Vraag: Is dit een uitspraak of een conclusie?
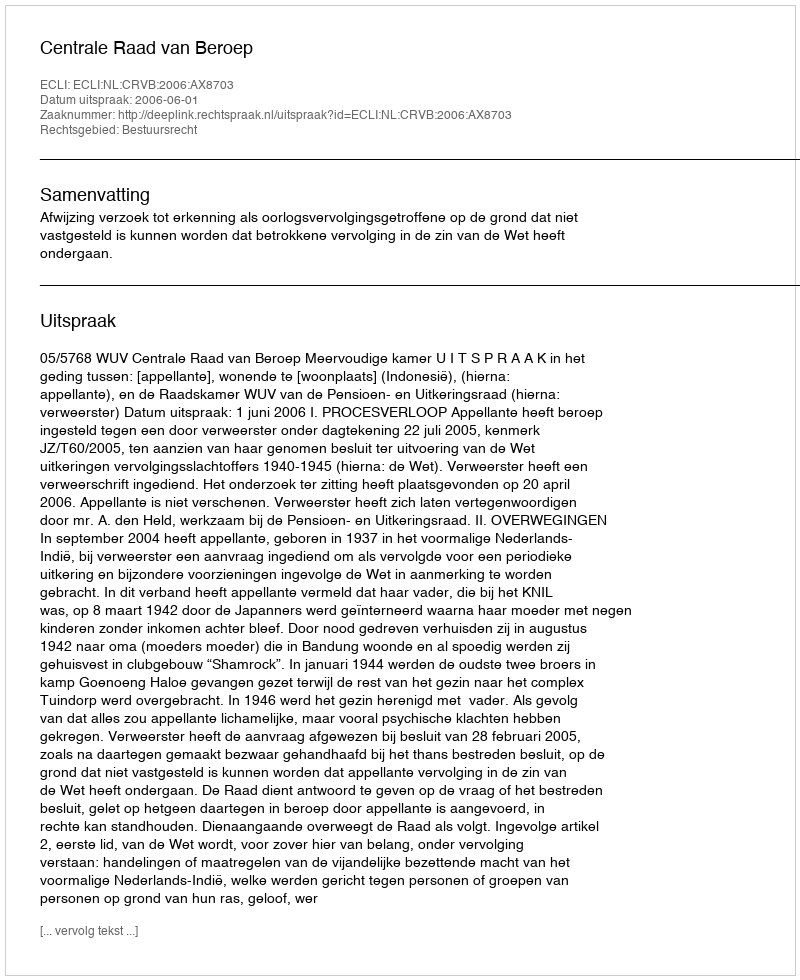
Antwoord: Uitspraak